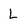
Character: L